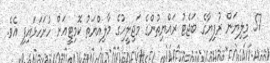
57 މިލިޔަން ރުފިޔާގެ ބަޖެޓު ރައްޔިތުންގެ މަޖިލީހުގެ މާލިއްޔަތު ކޮމިޓީއަށް ހުށަހަޅައިފި އެވެ.